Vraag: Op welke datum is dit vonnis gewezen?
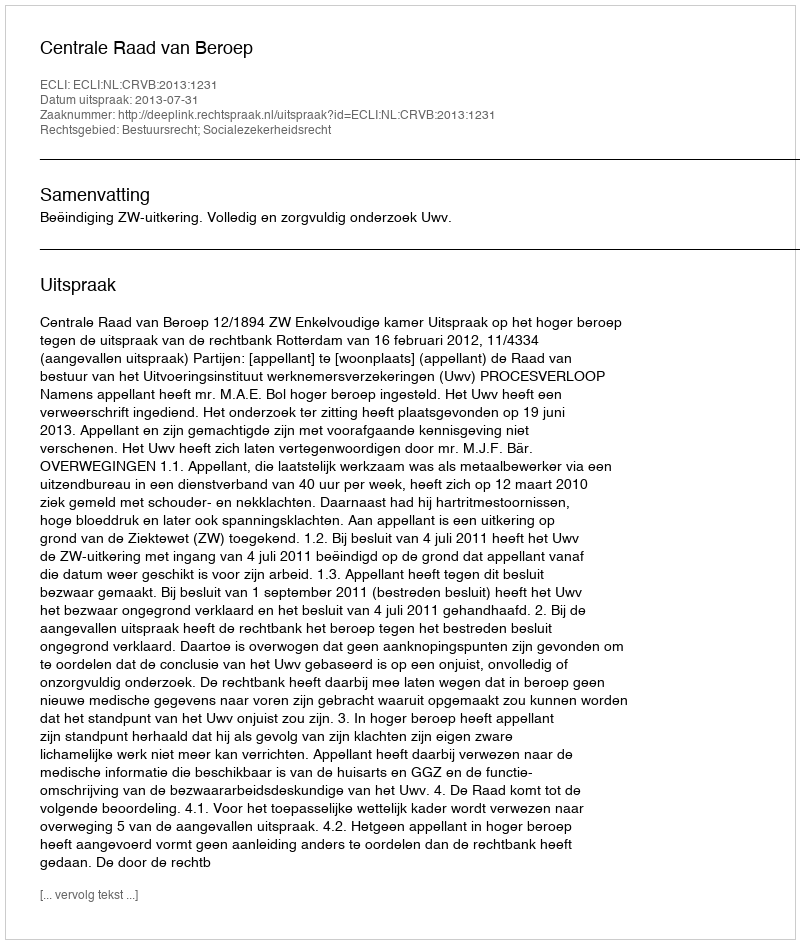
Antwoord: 2013-07-31